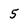
Character: 5